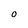
Character: O